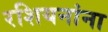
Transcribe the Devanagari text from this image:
रशियनांना